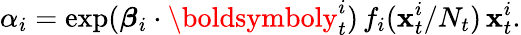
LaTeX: \alpha_{i}=\exp(\boldsymbol\beta_{i}\cdot\boldsymboly_{t}^{i})\, f_{i}(\mathbf{x}_{t}^{i}/N_{t})\, \mathbf{x}_{t}^{i}.